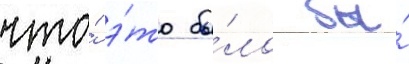
что́ э́то бы́ло бы́